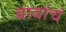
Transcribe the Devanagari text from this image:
बाबांचं